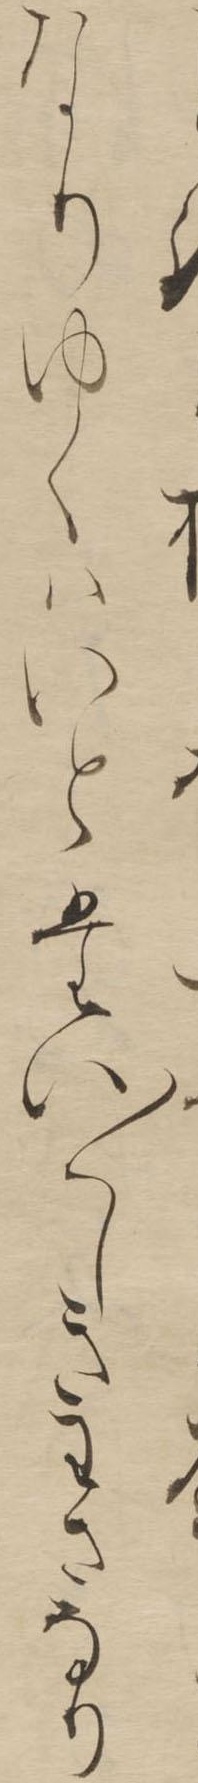
なりゆくはいとたい〱しきわさなり